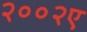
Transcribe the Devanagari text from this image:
२००२ए